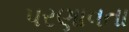
પરણાવતા